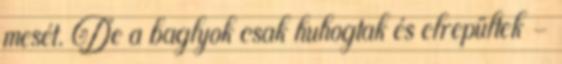
mesét. De a baglyok csak huhogtak és elrepültek –